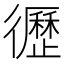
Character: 𢖙